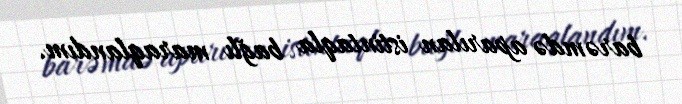
barəmdə aparılan istintaqla bağlı maraqlandım.